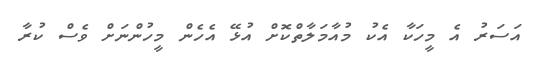
އަސަރު އެ މީހަކާ އެކު މުއާމަލާތްކޮށް އުޅޭ އެހެން މީހުންނަށް ވެސް ކުރާ